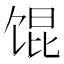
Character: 馄